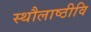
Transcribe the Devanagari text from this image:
स्थौलाष्ठीवि